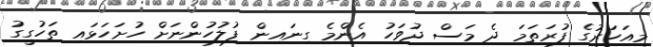
މިއަހަރުގެ ފުރަތަމަ ދެ މަސް ދުވަހު އެންމެ ގިނައިން ފުލުހުންނަށް ހުށަހަޅައި ތަހުގީގު